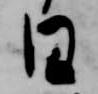
日